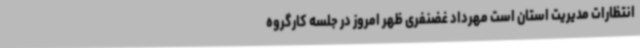
انتظارات مدیریت استان است مهرداد غضنفری ظهر امروز در جلسه کارگروه